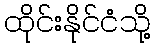
ထိုင်းနိုင်ငံသို့